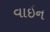
વાઇન